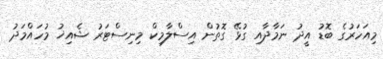
މިއަހަރުގެ ބޮޑު އީދު ނަމާދާއި ގުޅޭ ގޮތުން އިސްލާމިކް މިނިސްޓަރު ޝެއިޚު މުހައްމަދު